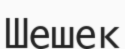
Шешек